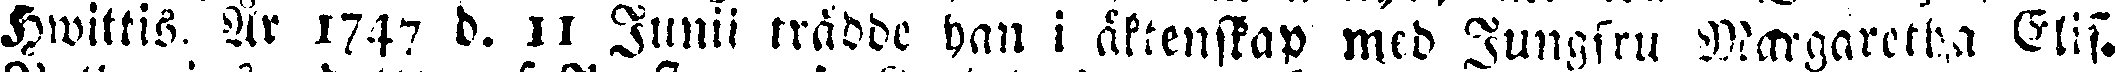
Hwittis. År 1747 b. 11 Junii trädde han i äktenstap med Jungfru Margaretha Elis.